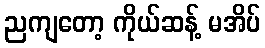
ညကျတော့ ကိုယ်ဆန့် မအိပ်